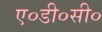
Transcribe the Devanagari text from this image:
ए०डी०सी०